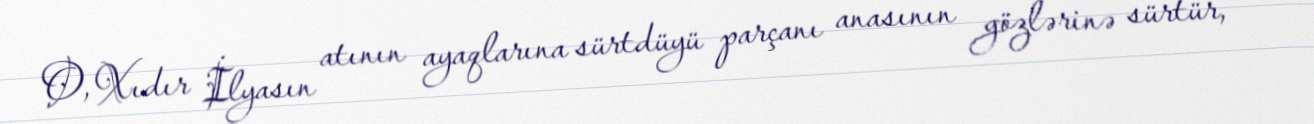
O, Xıdır İlyasın atının ayaqlarına sürtdüyü parçanı anasının gözlərinə sürtür,